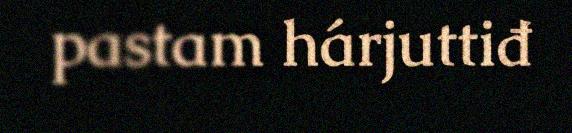
pastam hárjuttiđ